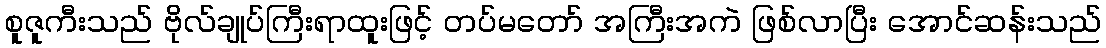
စူဇူကီးသည် ဗိုလ်ချုပ်ကြီးရာထူးဖြင့် တပ်မတော် အကြီးအကဲ ဖြစ်လာပြီး အောင်ဆန်းသည်